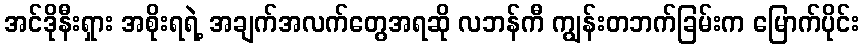
အင်ဒိုနီးရှား အစိုးရရဲ့ အချက်အလက်တွေအရဆို လဘန်ကီ ကျွန်းတဘက်ခြမ်းက မြောက်ပိုင်း